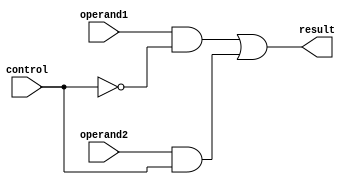
/*
Selects from the 1-bit operands based on the control.
control=0 selects operand1
control=1 selects operand2
*/
module mux(result, operand1, operand2, control);
	input operand1, operand2, control;
	output result;
	wire notwire, and1wire, and2wire;

	not not1(notwire, control);
	and and1(and1wire, operand1, notwire);
	and and2(and2wire, operand2, control);
	or or1(result, and1wire, and2wire);

endmodule
/*
Selects from the 1-bit operands based on the control.
control=0 selects operand1
control=1 selects operand2
*/
module mux_4x1(result, operand1, operand2, operand3, operand4, control);
	input operand1, operand2, operand3, operand4;
	input [1:0] control;
	output result;
	wire mux1wire, mux2wire;

	mux m1(mux1wire, operand1, operand2, control[0]);
	mux m2(mux2wire, operand3, operand4, control[0]);
	mux m3(result, mux1wire, mux2wire, control[1]);
endmodule
/* Muiltiplexer 2x1 32 bit
This provides the ability to choose between two inputs via
control bit

@author David-Eric Thoorpe
@verion v1.0
@param result is the 32 bit result of the mux
@param operand1 is the 32 bit number passed by control 1
@param operand2 is the 32 bit number passed by control 2
@param control is the selector of operand1 and operand2
*/
module mux32_2x1(result, operand1, operand2, control);
	input [31:0] operand1, operand2;
	input control;

	output [31:0] result;

	genvar i; generate
		for (i=0; i<32; i=i+1)begin : mux_gen_loop
			mux m(result[i], operand1[i], operand2[i], control);
		end
	endgenerate
endmodule
/* Muiltiplexer 2x1 32 bit
This provides the ability to choose between two inputs via
control bit

@author David-Eric Thoorpe
@verion v1.0
@param result is the 32 bit result of the mux
@param operand1 is the 32 bit number passed by control 1
@param operand2 is the 32 bit number passed by control 2
@param control is the selector of operand1 and operand2
*/
module mux64_2x1(result, operand1, operand2, control);
	input [63:0] operand1, operand2;
	input control;

	output [63:0] result;

	genvar i;
	generate
		for (i=0; i<64; i=i+1)
		begin : mux_gen_loop
			mux m(result[i], operand1[i], operand2[i], control);
		end
	endgenerate
endmodule
module mux32_4x1(result, operand1, operand2, operand3, operand4, control);
	input [31:0] operand1, operand2, operand3, operand4;
	input [1:0] control;

	output [31:0] result;

	wire [31:0] mux1Wire, mux2Wire;

	mux32_2x1 m1(.result(mux1Wire), .operand1(operand1), .operand2(operand2), .control(control[0]));
	mux32_2x1 m2(.result(mux2Wire), .operand1(operand3), .operand2(operand4), .control(control[0]));
	mux32_2x1 m3(.result(result), .operand1(mux1Wire), .operand2(mux2Wire), .control(control[1]));

endmodule
module mux32_8x1(result, operand1, operand2, operand3, operand4, 
	operand5, operand6, operand7, operand8, control);
	input [31:0] operand1, operand2, operand3, operand4, operand5, operand6, operand7, operand8;
	input [2:0] control;

	output [31:0] result;

	wire [31:0] mux1Wire, mux2Wire;

	mux32_4x1 m1(mux1Wire, operand1, operand2, operand3, operand4, control[1:0]);
	mux32_4x1 m2(mux2Wire, operand5, operand6, operand7, operand8, control[1:0]);
	mux32_2x1 m3(result, mux1Wire, mux2Wire, control[2]);

endmodule
module mux32_16x1(result, operand1, operand2, operand3, operand4, 
	operand5, operand6, operand7, operand8,
	operand9, operand10, operand11, operand12, 
	operand13, operand14, operand15, operand16, control);

	input [31:0] operand1, operand2, operand3, operand4, 
	operand5, operand6, operand7, operand8, 
	operand9, operand10, operand11, operand12, 
	operand13, operand14, operand15, operand16;
	input [3:0] control;

	output [31:0] result;

	wire [31:0] mux1Wire, mux2Wire;

	mux32_8x1 m1(.result(mux1Wire), .operand1(operand1), .operand2(operand2), .operand3(operand3), 
		.operand4(operand4), .operand5(operand5), .operand6(operand6), .operand7(operand7), 
		.operand8(operand8), .control(control[2:0]));
	mux32_8x1 m2(.result(mux2Wire), .operand1(operand9), .operand2(operand10), .operand3(operand11), 
		.operand4(operand12), .operand5(operand13), .operand6(operand14), .operand7(operand15), 
		.operand8(operand16), .control(control[2:0]));
	mux32_2x1 m3(.result(result), .operand1(mux1Wire), .operand2(mux2Wire), .control(control[3]));
endmodule
/**
Find a better way to import 32 32-bit choices.
*/
module mux32_32x1(result, d0, d1, d2, d3, d4, d5, d6, d7, d8, d9, d10, d11, d12, d13, d14, d15, 
	d16, d17, d18, d19, d20, d21, d22, d23, d24, d25, d26, d27, d28, d29, d30, d31, control);

	input [31:0] d0, d1, d2, d3, d4, d5, d6, d7, d8, d9, d10, d11, d12, d13, d14, d15, 
	d16, d17, d18, d19, d20, d21, d22, d23, d24, d25, d26, d27, d28, d29, d30, d31;

	input [4:0] control;

	output [31:0] result;

	wire [31:0] mux1Wire, mux2Wire;

	mux32_16x1 m1(mux1Wire, d0, d1, d2, d3, d4, d5, d6, d7, 
		d8, d9, d10, d11, d12, d13, d14, d15, control[3:0]);

	mux32_16x1 m2(mux2Wire, d16, d17, d18, d19, d20, d21, d22, d23, 
		d24, d25, d26, d27, d28, d29, d30, d31, control[3:0]);

	mux32_2x1 m3(result, mux1Wire, mux2Wire, control[4]);
endmodule